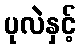
ပုလဲနှင့်